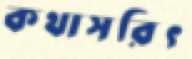
কথাসরিৎ